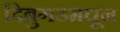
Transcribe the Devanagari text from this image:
दिब्रुगडमधून